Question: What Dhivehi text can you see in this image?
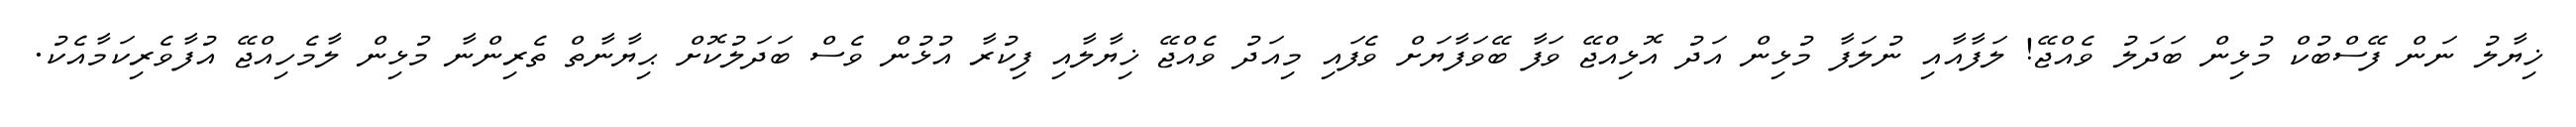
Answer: ޚިޔާލު ނަން ފޭސްބުކް މުޅިން ބަދަލު ވެއްޖޭ! ލަފާއާއި ނުލަފާ މުޅިން އަދު އޮޅިއްޖޭ ވަފާ ބޭވަފާޔަށް ވެފައި މިއަދު ވެއްޖޭ ޚިޔާލާއި ފިކުރާ އުޅުން ވެސް ބަދަލުކޮށް ޙިޔާނާތް ތެރިންނާ މުޅިން ލާމެހިއްޖޭ އުފާވެރިކަމާއެކު.